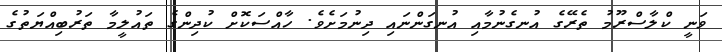
ވަނީ ކްލާސްރޫމު ތެރޭގެ އުނގެނުމާއި އުނގަންނައި ދިނުމަށެވެ. ހާއްސަކޮށް ކުދިންގެ ތައުލީމާ ތަރުބިއްޔަތުގެ